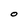
Character: 0